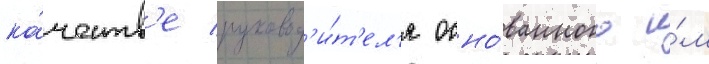
ка́честв'е руковод'и́т'ел'я осно́ванного и́м